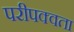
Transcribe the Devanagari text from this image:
परीपक्वता